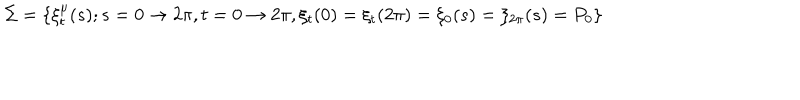
\Sigma = \{ \xi _ { t } ^ { \mu } ( s ) ; s = 0 \rightarrow 2 \pi , t = 0 \rightarrow 2 \pi , \xi _ { t } ( 0 ) = \xi _ { t } ( 2 \pi ) = \xi _ { 0 } ( s ) = \xi _ { 2 \pi } ( s ) = P _ { 0 } \}